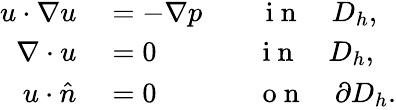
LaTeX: \begin{array}{rl}{u\cdot\nabla u}&{{}=-\nabla p\qquad\mathrm{~i~n~}\quad D_{h},}\\ {\nabla\cdot u}&{{}=0\qquad\quad\ \ \mathrm{~i~n~}\quad D_{h},}\\ {u\cdot\hat{n}}&{{}=0\qquad\quad\ \ \mathrm{~o~n~}\quad\partial D_{h}.}\end{array}